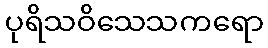
ပုရိသဝိသေသကရော